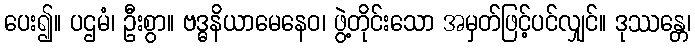
ပေး၍။ ပဌမံ၊ ဦးစွာ။ ဗဒ္ဓနိယာမေနေဝ၊ ဖွဲ့တိုင်းသော အမှတ်ဖြင့်ပင်လျှင်။ ဒုဿန္တေ၊